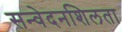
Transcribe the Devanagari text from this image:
सन्वेदनशिलता